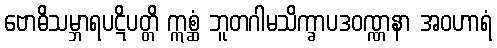
ဗောဓိသမ္ဘာရပဋိပတ္တိ ဣစ္ဆံ ဘူတဂါမသိက္ခာပဒဝဏ္ဏနာ အဝဟာရံ